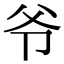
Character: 爷